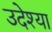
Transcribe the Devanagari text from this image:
उदेश्या